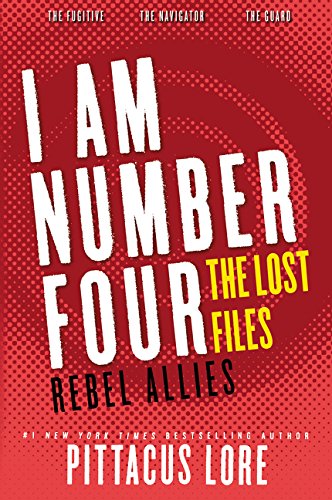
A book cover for I Am Number Four: The Lost Files: Rebel Allies (Lorien Legacies: The Lost Files); Pittacus Lore; Teen & Young Adult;